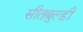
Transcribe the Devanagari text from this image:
सीतबुल्ड़ी